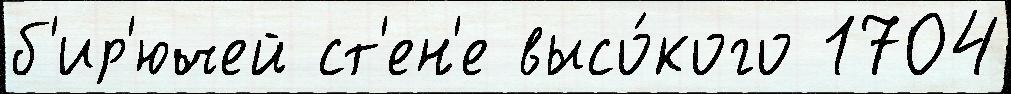
б'ир'ючей ст'ен'е высо́кого 1704